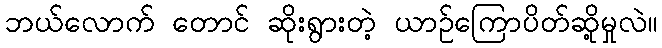
ဘယ်လောက် တောင် ဆိုးရွားတဲ့ ယာဉ်ကြောပိတ်ဆို့မှုလဲ။